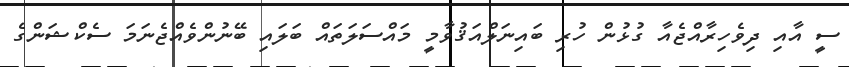
ސީ އާއި ދިވެހިރާއްޖެއާ ގުޅުން ހުރި ބައިނަލްއަޤުވާމީ މައްސަލަތައް ބަލައި ބޭނުންވެއްޖެނަމަ ސެކްޝަންގެ